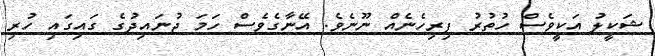
ޝަކީލު އަކީވެސް ހުތުރު ފިރިހެނެއް ނޫނެވެ. އޭނާގެވެސް ހަމަ ޖުނައިދުގެ ގައިގައި ހުރި